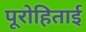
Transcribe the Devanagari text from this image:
पूरोहिताई